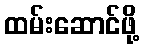
ထမ်းဆောင်ဖို့